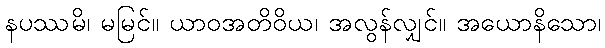
နပဿမိ၊ မမြင်။ ယာဝအတိဝိယ၊ အလွန်လျှင်။ အယောနိသော၊